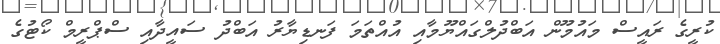
ކުރީގެ ރައީސް މައުމޫން އަބްދުލްގައްޔޫމާއި އުއްތަމަ ފަނޑިޔާރު އަބްދު ސައީދާއި ސްޕްރީމް ކޯޓުގެ